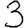
Digit: 3